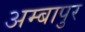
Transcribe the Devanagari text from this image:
अम्बापुर